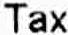
TAX